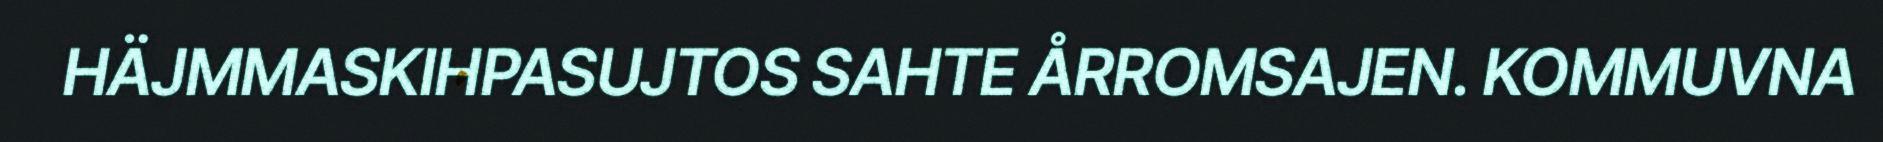
HÄJMMASKIHPASUJTOS SAHTE ÅRROMSAJEN. KOMMUVNA